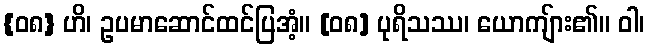
{၀၈} ဟိ၊ ဥပမာဆောင်ထင်ပြအံ့။ [၀၈] ပုရိသဿ၊ ယောကျ်ား၏။ ဝါ၊